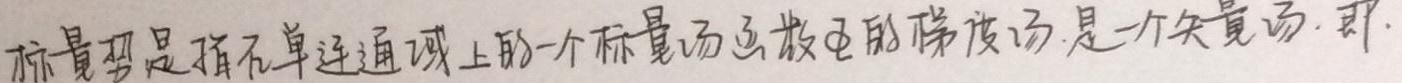
标量场是指在单连通域上的一个标量场函数的梯度场，是一个矢量场，即